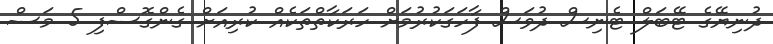
ދުނިޔޭގެ ޓޭބަލް ޓެނިސް ދުވަސް ފާހަގަކުރުމަށް ހަރަކާތްތަކެއް ކުރިއަށް ގެންގޮސްފި 5 މަސް